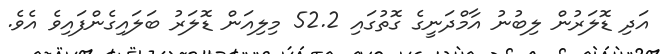
އަދި ޑޮލަރުން ލިބުނު އާމްދަނީގެ ގޮތުގައި 52.2 މިލިއަން ޑޮލަރު ބަލައިގެންފައިވެ އެވެ.